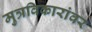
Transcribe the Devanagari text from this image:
मुत्रविकारांवर